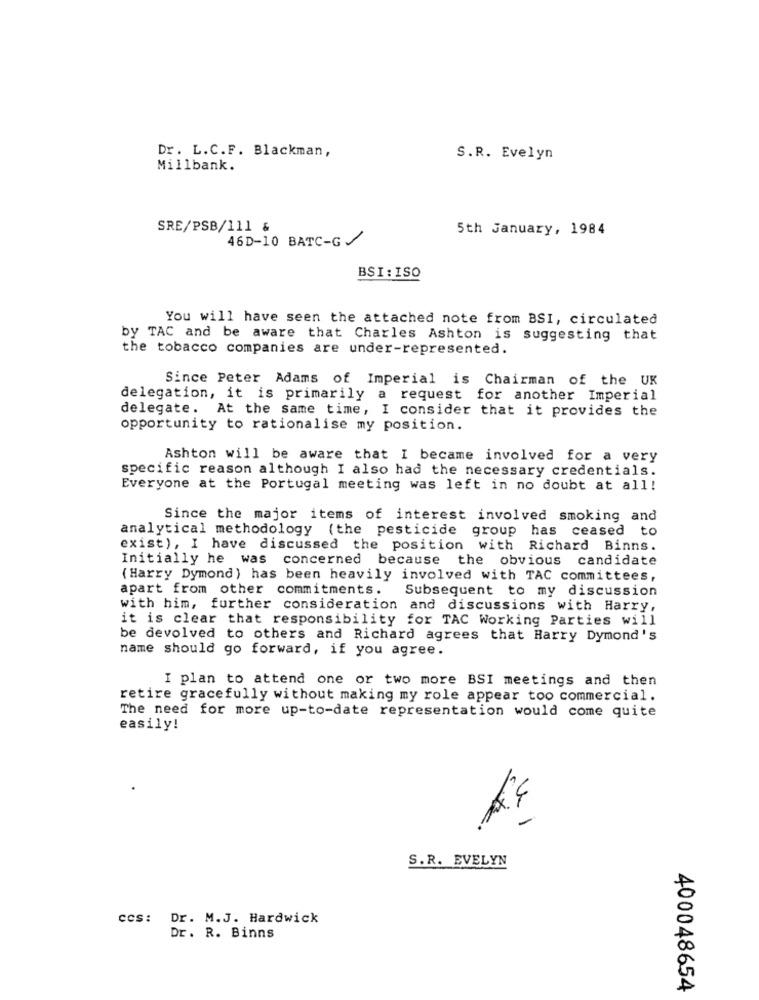
Dr. L.C.F. Blackman,
S.R. Evelyn
Millbank.
SRE/PSB/111 &
5th January, 1984
46D-10 BATC-G/
BSI: ISO
You will have seen the attached note from BSI, circulated
by TAC and be aware that Charles Ashton is suggesting that
the tobacco companies are under-represented.
Since Peter Adams of Imperial is Chairman of the UK
delegation, it is primarily a request for another Imperial
delegate. At the same time, I consider that it provides the
opportunity to rationalise my position.
Ashton will be aware that I became involved for a very
specific reason although I also had the necessary credentials.
Everyone at the Portugal meeting was left in no doubt at all!
Since the major items of interest involved smoking and
analytical methodology (the pesticide group has ceased to
exist), I have discussed the position with Richard Binns.
Initially he was concerned because the obvious candidate
( Harry Dymond ) has been heavily involved with TAC committees,
apart from other commitments.
Subsequent to my discussion
with him, further consideration and discussions with Harry,
it is clear that responsibility for TAC Working Parties will
be devolved to others and Richard agrees that Harry Dymond's
name should go forward, if you agree.
I plan to attend one or two more BSI meetings and then
retire gracefully without making my role appear too commercial.
The need for more up-to-date representation would come quite
easily!
S.R. EVELYN
ccs: Dr. M.J. Hardwick
Dr. R. Binns
400048654